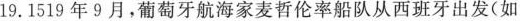
19.1519年9月，葡萄牙航海家麦哲伦率船队从西班牙出发(如